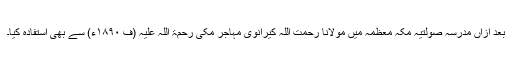
بعد ازاں مدرسہ صولتیہ مکہ معظمہ میں مولانا رحمت اللہ کیرانوی مہاجر مکی رحمۃ اللہ علیہ (ف ۱۸۹۰ء) سے بھی استفادہ کیا۔